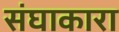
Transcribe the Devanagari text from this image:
संघाकारा